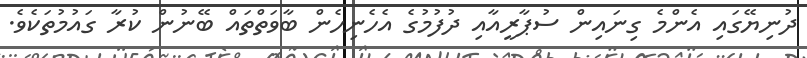
ދުނިޔޭގައި އެންމެ ގިނައިން ސުޕާރީއާއި ދުފުމުގެ އެހެނިހެން ބާވަތްތައް ބޭނުން ކުރާ ގައުމުތަކެވެ.